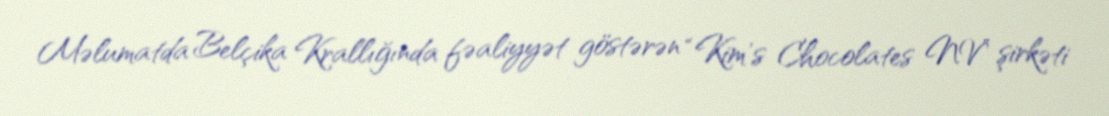
Məlumatda Belçika Krallığında fəaliyyət göstərən “Kim's Chocolates NV” şirkəti